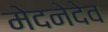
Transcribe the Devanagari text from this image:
मेदनेदेव